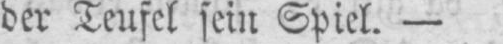
der Teufel sein Spiel. -